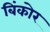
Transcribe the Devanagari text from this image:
बिंकोर